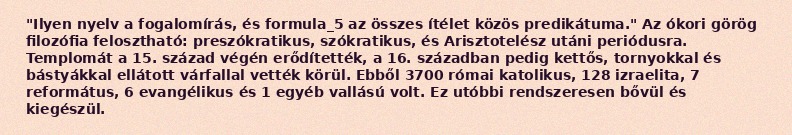
"Ilyen nyelv a fogalomírás, és formula_5 az összes ítélet közös predikátuma." Az ókori görög filozófia felosztható: preszókratikus, szókratikus, és Arisztotelész utáni periódusra. Templomát a 15. század végén erődítették, a 16. században pedig kettős, tornyokkal és bástyákkal ellátott várfallal vették körül. Ebből 3700 római katolikus, 128 izraelita, 7 református, 6 evangélikus és 1 egyéb vallású volt. Ez utóbbi rendszeresen bővül és kiegészül.